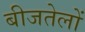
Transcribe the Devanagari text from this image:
बीजतेलों